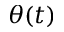
\theta ( t )